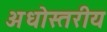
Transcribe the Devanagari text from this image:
अधोस्तरीय